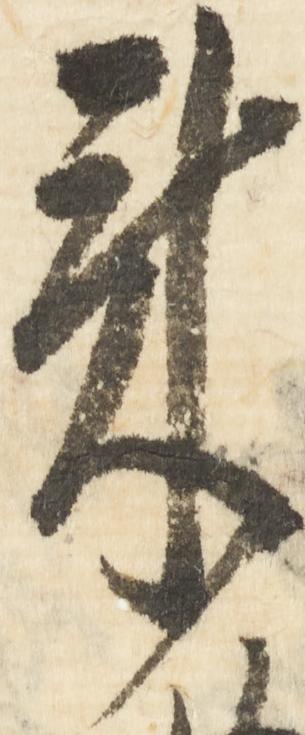
来